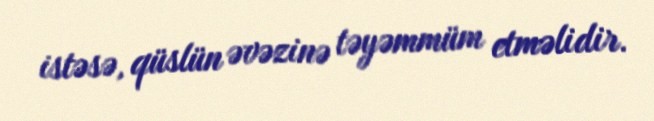
istəsə, qüslün əvəzinə təyəmmüm etməlidir.